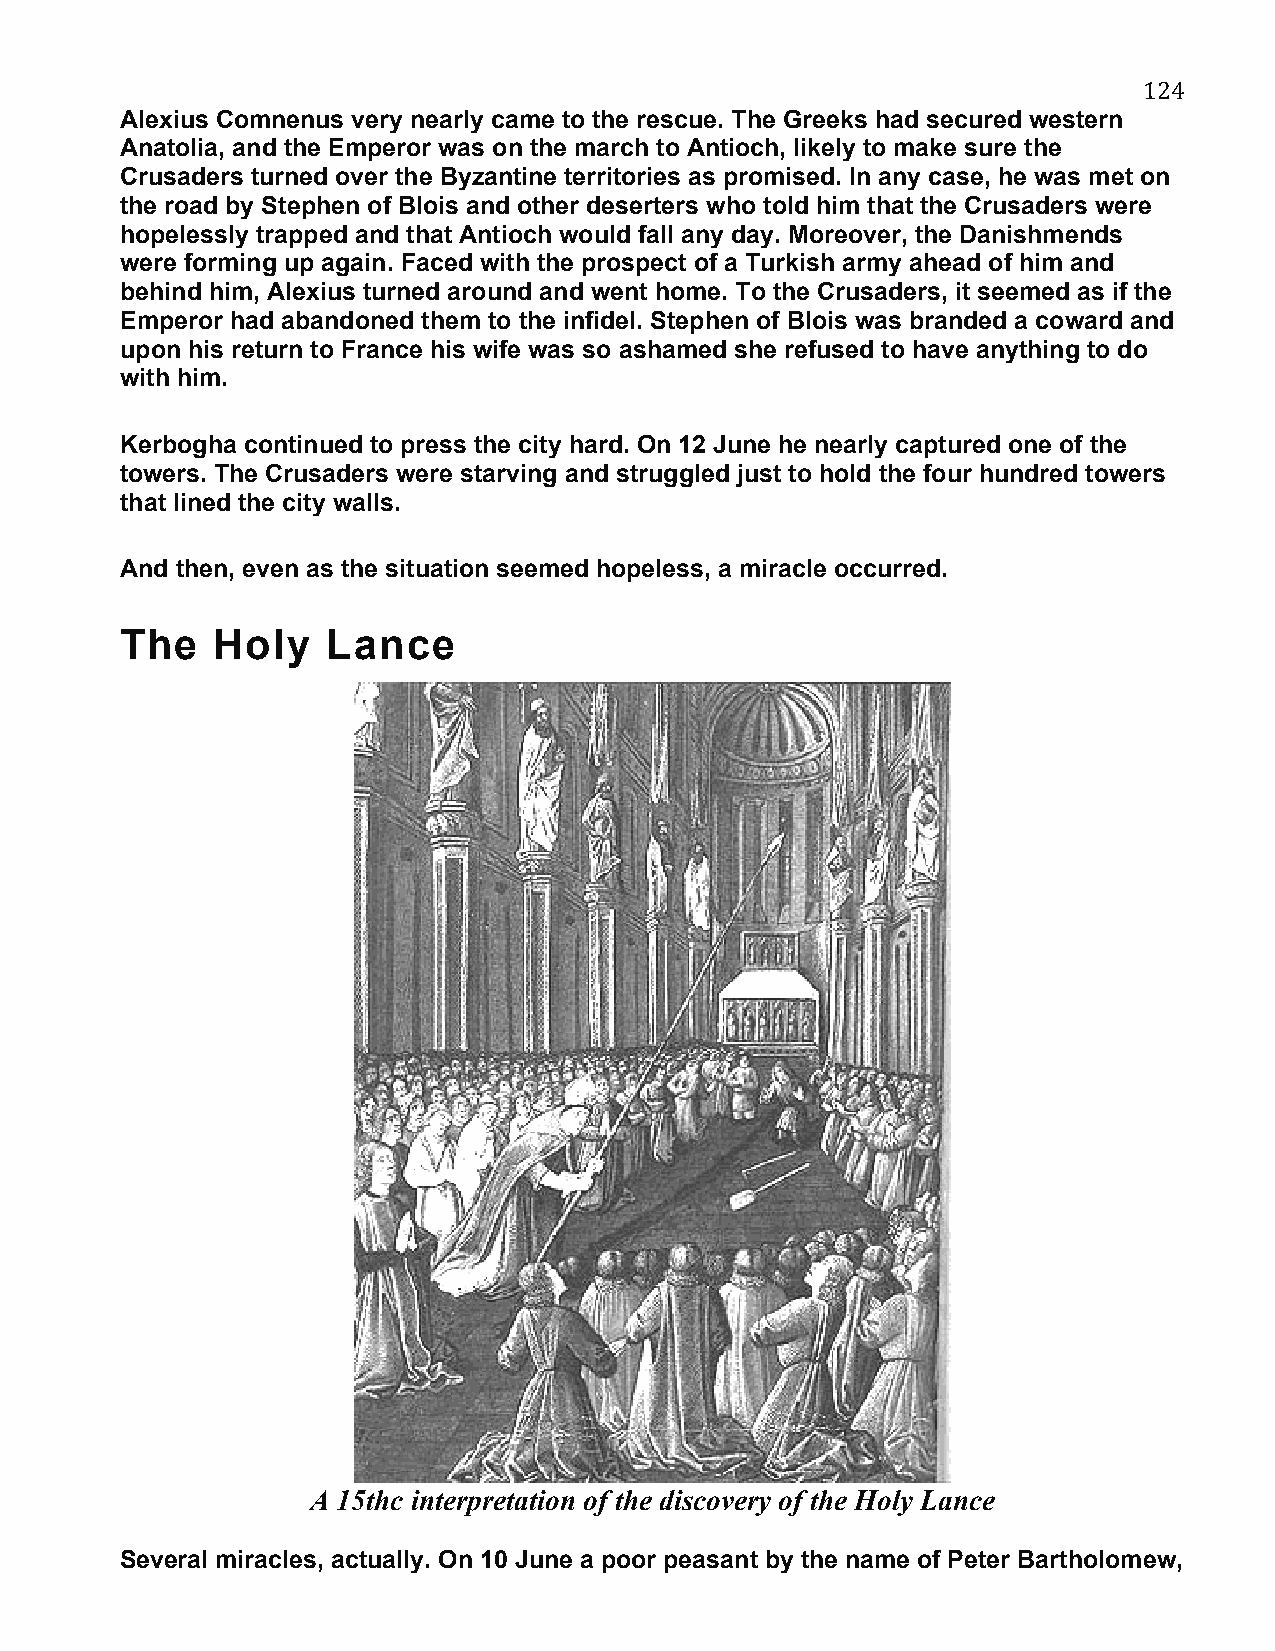
124
 Alexius Comnenus very nearly came to the rescue. The Greeks had secured western
 Anatolia, and the Emperor was on the march to Antioch, likely to make sure the
 Crusaders turned over the Byzantine territories as promised. In any case, he was met on
 the road by Stephen of Blois and other deserters who told him that the Crusaders were
 hopelessly trapped and that Antioch would fall any day. Moreover, the Danishmends
 were forming up again. Faced with the prospect of a Turkish army ahead of him and
 behind him, Alexius turned around and went home. To the Crusaders, it seemed as if the
 Emperor had abandoned them to the infidel. Stephen of Blois was branded a coward and
 upon his return to France his wife was so ashamed she refused to have anything to do
 with him.
 Kerbogha continued to press the city hard. On 12 June he nearly captured one of the
 towers. The Crusaders were starving and struggled just to hold the four hundred towers
 that lined the city walls.
 And then, even as the situation seemed hopeless, a miracle occurred.
 The   Holy    Lance
 A 15thc interpretation of the discovery of the Holy Lance
 Several miracles, actually. On 10 June a poor peasant by the name of Peter Bartholomew,